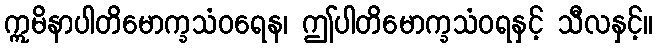
ဣမိနာပါတိမောက္ခသံဝရေန၊ ဤပါတိမောက္ခသံဝရနှင့် သီလနှင့်။